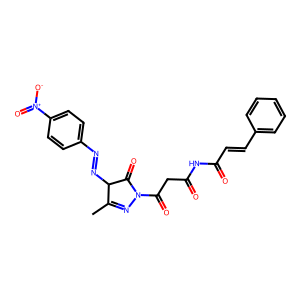
SMILES: CC1=NN(C(=O)CC(=O)NC(=O)C=Cc2ccccc2)C(=O)C1N=Nc1ccc([N+](=O)[O-])cc1
Inhibits HIV replication: No